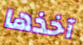
آخذها